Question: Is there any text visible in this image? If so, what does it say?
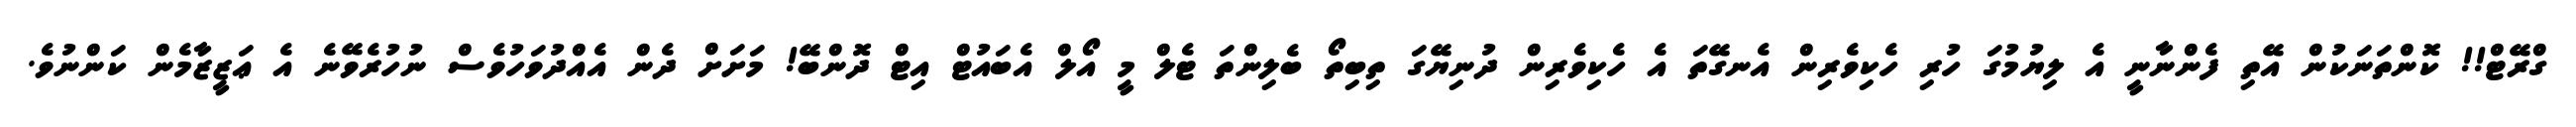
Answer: ގްރޭޓް!! ކޮންތަނަކުން އޭތި ފެންނާނީ އެ ލިޔުމުގަ ހުރި ހެކިވެރިން އެނގޭތަ އެ ހެކިވެރިން ދުނިޔޭގަ ތިބިތޯ ބެލިންތަ ޓެލް މީ އޯލް އެބައުޓް އިޓް ދޮންބޭ! މަށަށް ދެން އެއްދުވަހުވެސް ނުހުރެވޭނެ އެ ޢަޒީޒާމެން ކަންނުވެ.